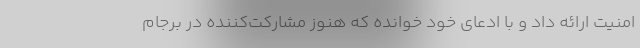
امنیت ارائه داد و با ادعای خود خوانده که هنوز مشارکت‌کننده در برجام